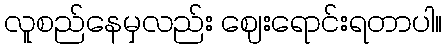
လူစည်နေမှလည်း ဈေးရောင်းရတာပါ။